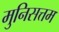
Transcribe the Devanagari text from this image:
मुनिसत्तम